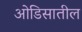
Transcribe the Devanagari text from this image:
ओडिसातील